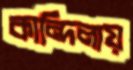
কান্দিলায়